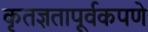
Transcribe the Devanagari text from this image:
कृतज्ञतापूर्वकपणे